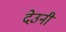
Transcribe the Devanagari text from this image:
देउनी